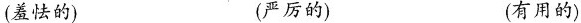
(羞怯的) (严厉的) (有用的)